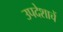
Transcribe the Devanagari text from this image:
उपदेशाचें